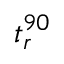
t _ { r } ^ { 9 0 }